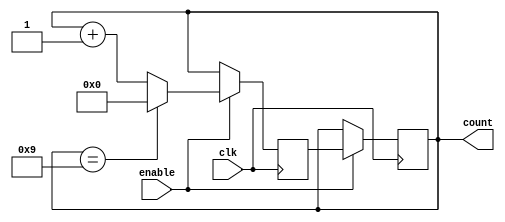
module BCD_Up_Counter_with_Enable(
    input wire clk,
    input wire enable,
    output reg [3:0] count
);

reg [3:0] next_count;

always @(posedge clk) begin
    if(enable) begin
        if(count == 4'b1001) begin
            next_count <= 4'b0000;
        end else begin
            next_count <= count + 1;
        end
    end else begin
        next_count <= count;
    end
end

always @(posedge clk) begin
    if(enable) begin
        count <= next_count;
    end
end

endmodule